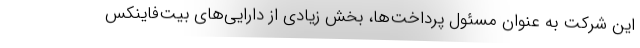
این شرکت به عنوان مسئول پرداخت‌ها، بخش زیادی از دارایی‌های بیت‌فاینکس